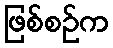
ဖြစ်စဉ်က